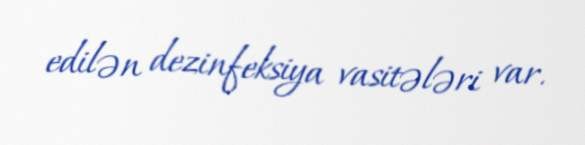
edilən dezinfeksiya vasitələri var.